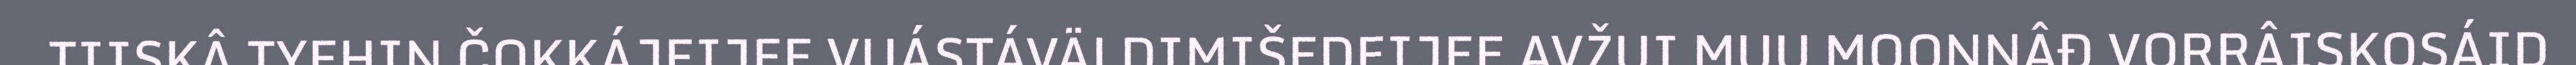
TIISKÂ TYEHIN ČOKKÁJEIJEE VUÁSTÁVÄLDIMIŠEDEIJEE AVŽUI MUU MOONNÂĐ VORRÂISKOSÁID